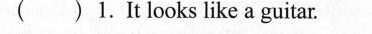
( ) 1.It looks like a guitar.